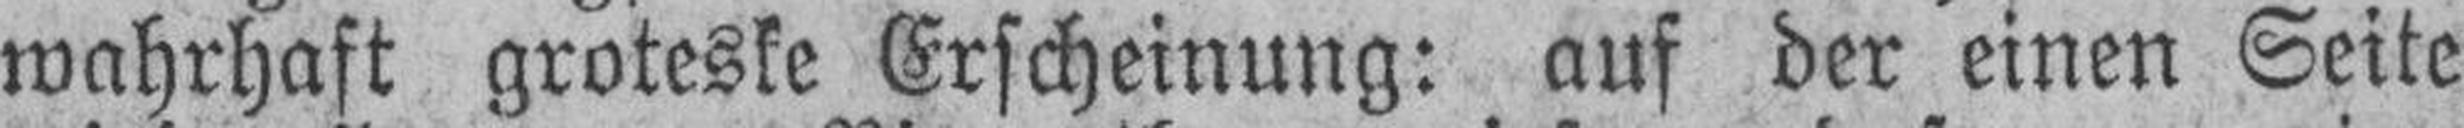
wahrhaft groteske Erscheinung: auf der einen Seite